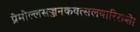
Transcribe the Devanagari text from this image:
प्रेमोल्लसज्जनकवत्सलवारिराशे।